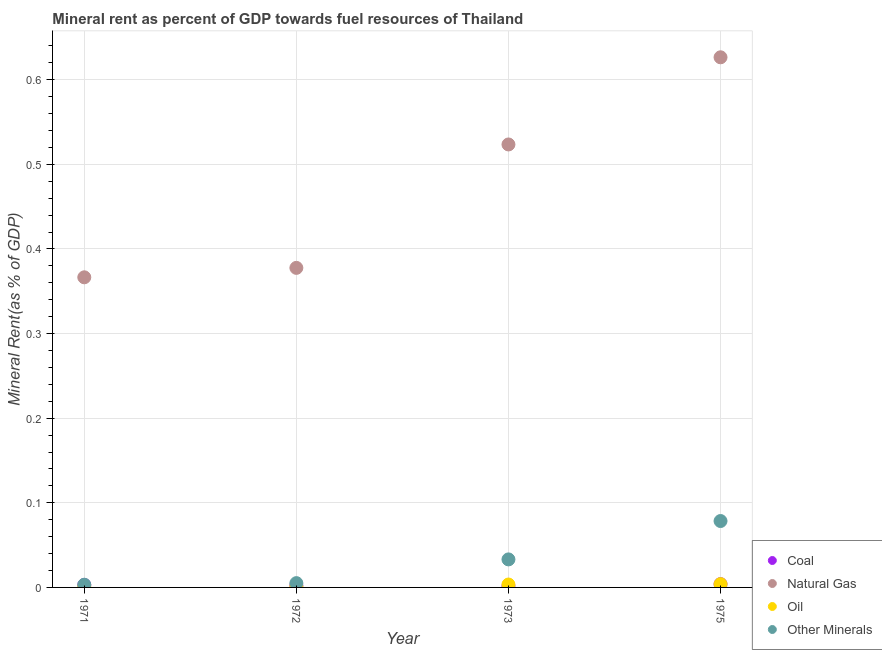
| Year | Coal | Natural Gas | Oil | Other Minerals |
 | --- | --- | --- | --- | --- |
 | 1971 | 0.00294 | 0.366 | 0.000896 | 0.0032 |
 | 1972 | 0.00216 | 0.378 | 0.00107 | 0.00507 |
 | 1973 | 0.00155 | 0.523 | 0.00344 | 0.0331 |
 | 1975 | 0.00392 | 0.626 | 0.0039 | 0.0785 |